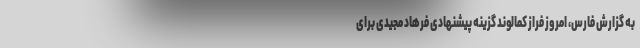
به گزارش فارس، امروز فراز کمالوند گزینه پیشنهادی فرهاد مجیدی برای